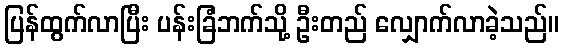
ပြန်ထွက်လာပြီး ပန်းခြံဘက်သို့ ဦးတည် လျှောက်လာခဲ့သည်။